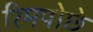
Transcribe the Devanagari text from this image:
रिमपोछे